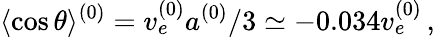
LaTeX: \langle\cos\theta\rangle^{(0)}=v_{e}^{(0)}a^{(0)}/3\simeq-0.034v_{e}^{(0)}\, ,